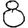
Digit: 8